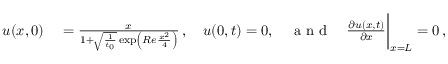
\begin{array} { r l } { u ( x , 0 ) } & { { } = \frac { x } { 1 + \sqrt { \frac { 1 } { t _ { 0 } } } \exp \left( R e \frac { x ^ { 2 } } { 4 } \right) } \, , \quad u ( 0 , t ) = 0 , \quad \mathrm { ~ a ~ n ~ d ~ } \quad \frac { \partial u ( x , t ) } { \partial x } \bigg | _ { x = L } = 0 \, , } \end{array}